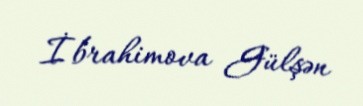
İbrahimova Gülşən